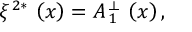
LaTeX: \xi ^ { \, 2 \ast } \, \left( x \right) = A _ { \, 1 } ^ { \, \perp } \, \left( x \right) ,